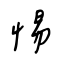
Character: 惕